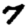
Digit: 7